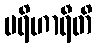
ပရိဟာရီတိ